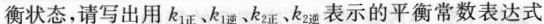
衡状态，请写出用k_{1正}、k_{1逆}、k_{2正}、k_{2逆}表示的平衡常数表达式